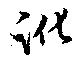
訛